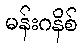
မန်းဂနိစ်